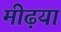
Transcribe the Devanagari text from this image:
मीढ़या